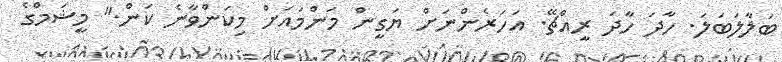
ބަލާލަބަލަ. ހާދަ ހާދަ ރީއްޗޭ. އަހަރެންނަށް ޔަގީން މަންމައަށް މިކަންވާނެ ކަން." މީޝަމްގެ